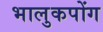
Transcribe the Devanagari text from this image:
भालुकपोंग